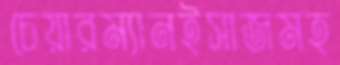
চেয়ারম্যানইসাজমহ